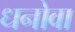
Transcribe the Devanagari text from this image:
धनोवा